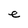
Character: e